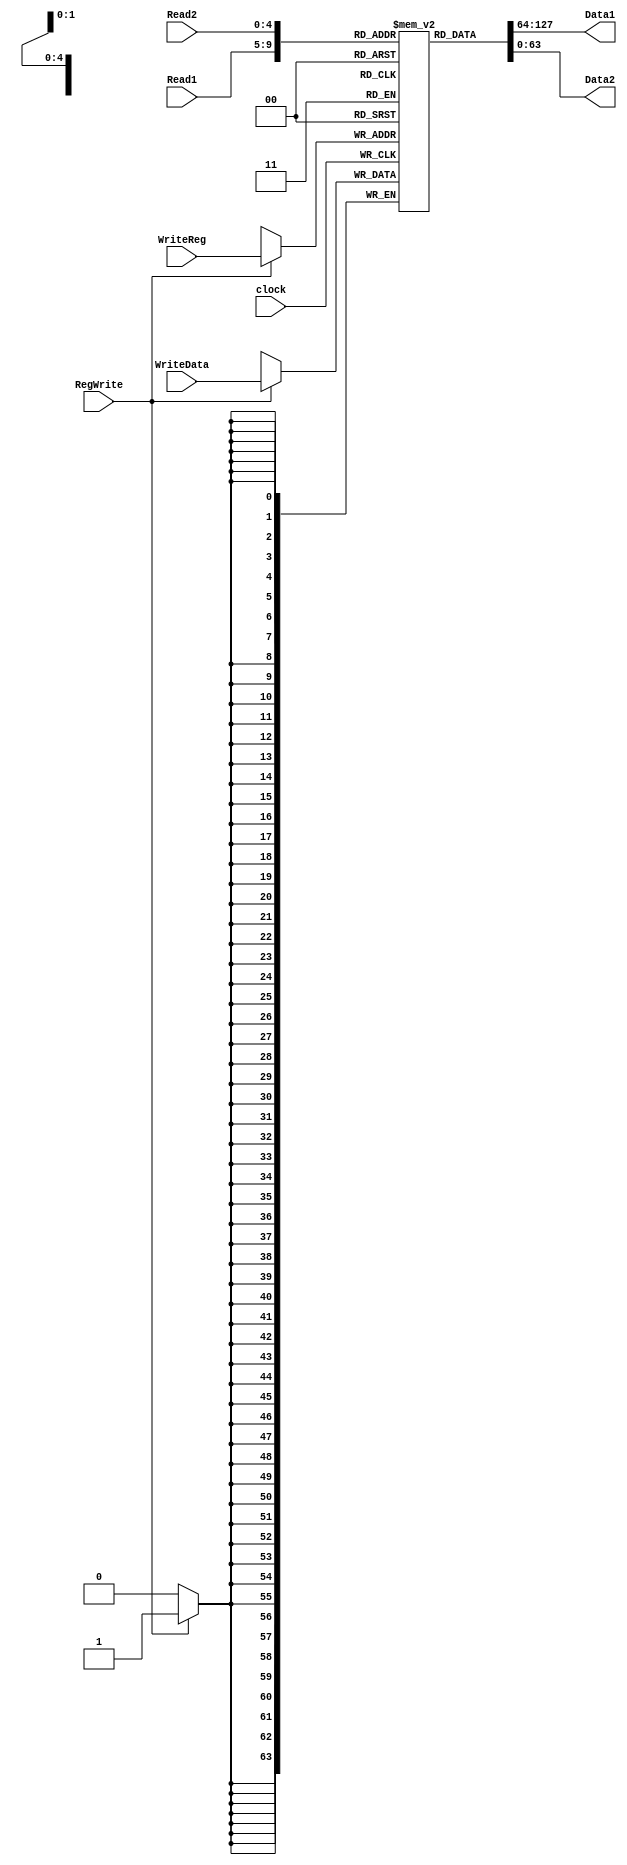
`timescale 1ns / 1ps
module RegisterFile( Read1,Read2,WriteReg,WriteData,RegWrite, Data1, Data2, clock);
	input [4:0] Read1, Read2, WriteReg; // The register Numbers to read or write
	input [63:0] WriteData; //data to write
	input RegWrite, // Data to write
			clock; // the write control
	output [63:0] Data1,Data2; // the register values read
	reg [63:0] RF [0:31]; //32 Registers each 32 bits long
	
	assign Data1 = RF[Read1];
	assign Data2 = RF[Read2];
	
	initial 
	begin
	RF[0] = 0;
	end
	
	always @(posedge clock)
		if (RegWrite == 1)
			RF[WriteReg] <= WriteData;
	
endmodule